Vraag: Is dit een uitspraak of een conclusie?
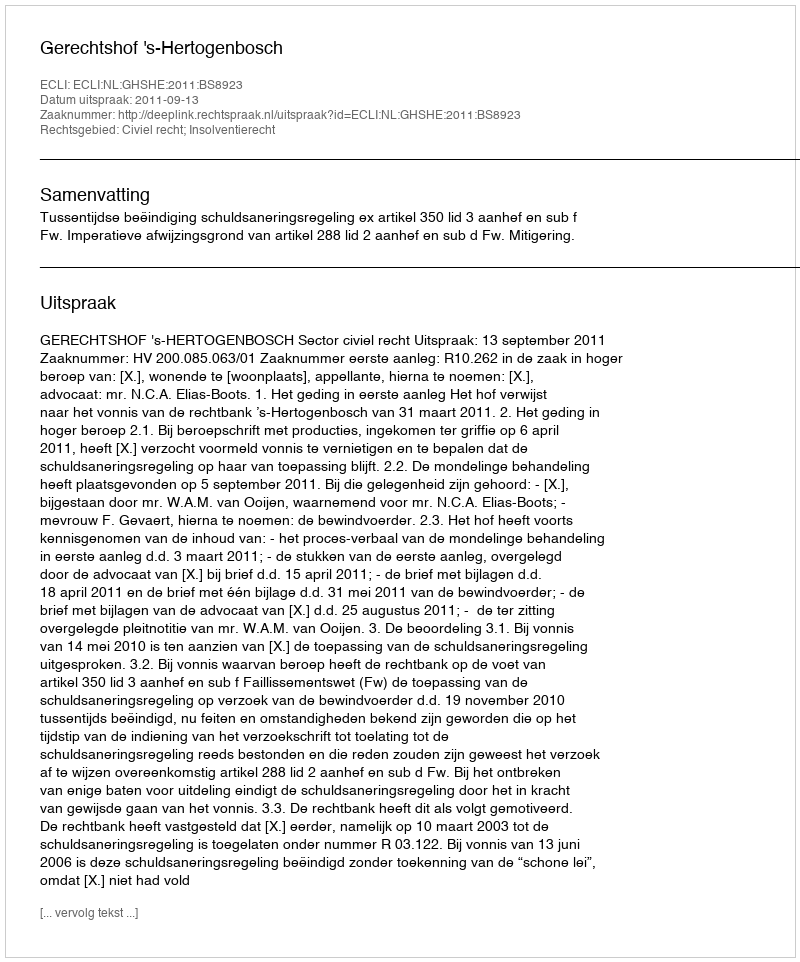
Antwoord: Uitspraak